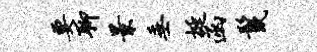
要聊景垂挺函鬣